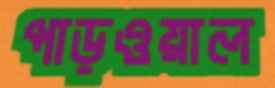
পাড়ওয়াল